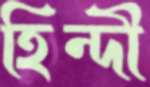
হিন্দী